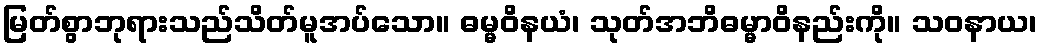
မြတ်စွာဘုရားသည်သိတ်မူအပ်သော။ ဓမ္မဝိနယံ၊ သုတ်အဘိဓမ္မာဝိနည်းကို။ သဝနာယ၊